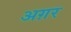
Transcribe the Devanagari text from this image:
अग़र